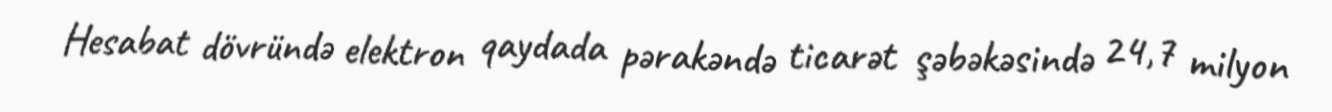
Hesabat dövründə elektron qaydada pərakəndə ticarət şəbəkəsində 24,7 milyon